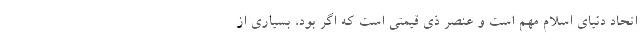
اتحاد دنیای اسلام مهم است و عنصر ذی قیمتی است که اگر بود، بسیاری از